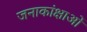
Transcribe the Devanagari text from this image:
जनाकांक्षाओं